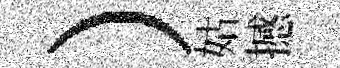
）姑撼